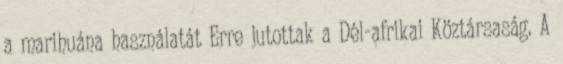
a marihuána használatát Erre jutottak a Dél-afrikai Köztársaság. A